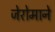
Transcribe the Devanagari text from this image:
जेरोमाने